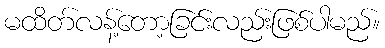
မထိတ်လန့်တော့ခြင်းလည်းဖြစ်ပါမည်။